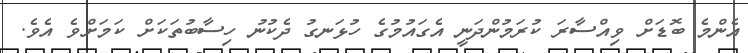
އެންމެ ބޮޑަށް ވިއްސާރަ ކުރަމުންދަނީ އެގައުމުގެ ހުޅަނގު ދެކުނު ހިސާބުތަކަށް ކަމަށްވެ އެވެ.